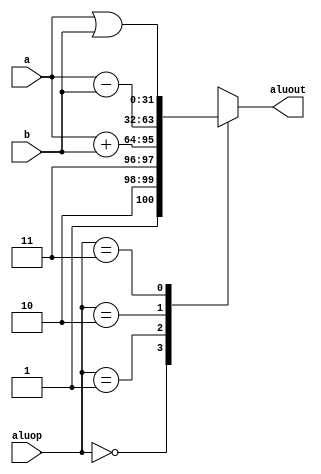
`timescale 1ns / 1ps

module ALU(a,b,aluop,aluout);
input [31:0]a,b;
input [1:0] aluop;
output [31:0] aluout;

wire [31:0] tmp[3:0];
assign tmp[1]=a+b;
assign tmp[2]=a-b;
assign tmp[3]=a|b;
assign aluout=tmp[aluop];

endmodule